Report on vaccination in Madras 1922-1929 - 1922-1929
Year: 1922
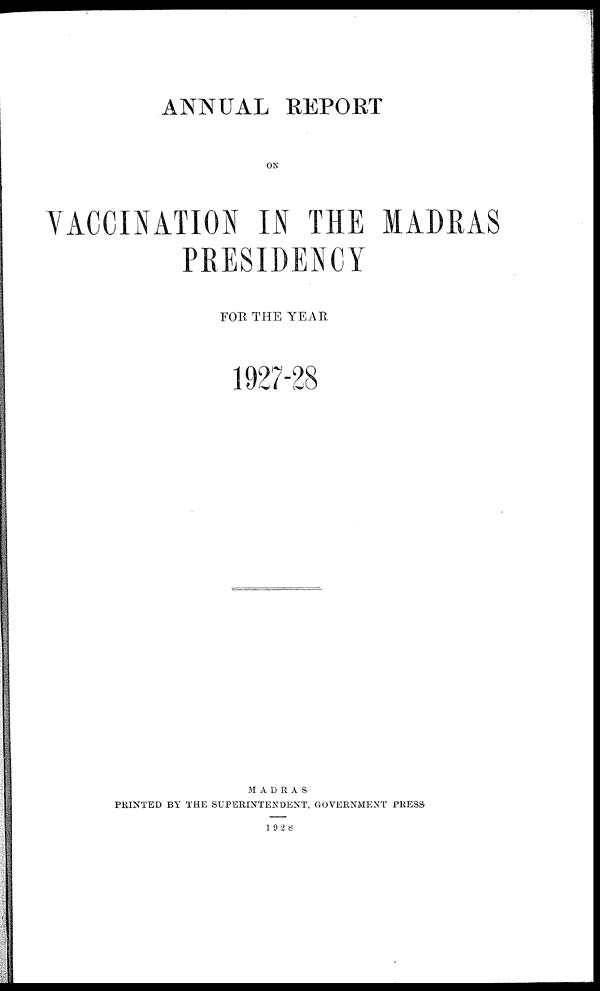
ANNUAL REPORT
ON
VACCINATION IN THE MADRAS
PRESIDENCY
FOR THE YEAR
1927-28
MADRAS
PRINTED BY THE SUPERINTENDENT, GOVERNMENT PRESS
1928